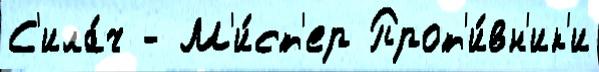
С'ила́ч - М'и́ст'ер Прот'и́вн'ик'и